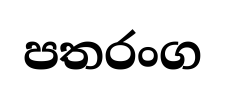
පතරංග